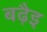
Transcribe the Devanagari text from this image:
बढ़ैइ